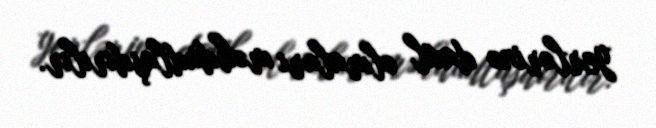
yerlərinə daxil olmaları məhdudlaşdırılır.